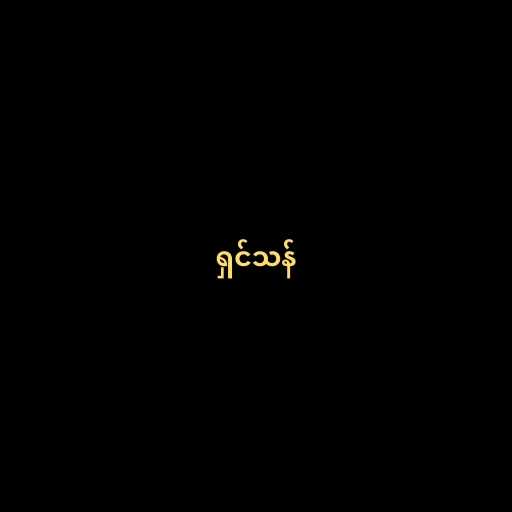
ရှင်သန်